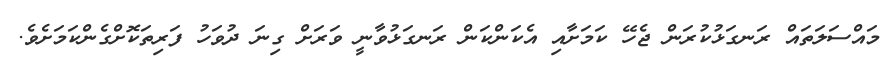
މައްސަލަތައް ރަނގަޅުކުރަން ޖެހޭ ކަމަށާއި އެކަންކަން ރަނގަޅުވާނީ ވަރަށް ގިނަ ދުވަހު ފަރިތަކޮށްގެންކަމަށެވެ.